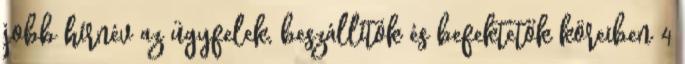
jobb hírnév az ügyfelek, beszállítók és befektetők köreiben 4